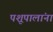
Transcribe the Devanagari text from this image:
पशूपालांना